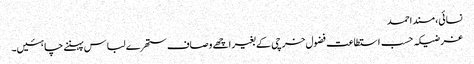
نسائی، مسند احمد
غرضیکہ حسب استطاعت فضول خرچی کے بغیر اچھے وصاف ستھرے لباس پہننے چاہئیں۔